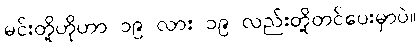
မင်းတို့ဟိုဟာ ၁၉ လား ၁၉ လည်းတို့တင်ပေးမှာပဲ။